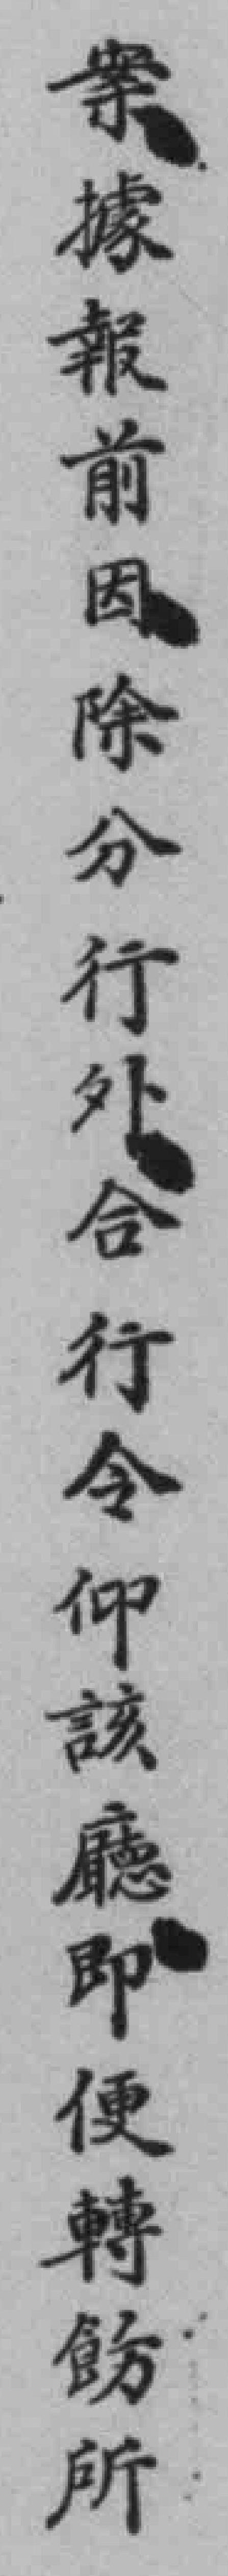
案據報前因除分行外合行令仰該廳即便轉飭所